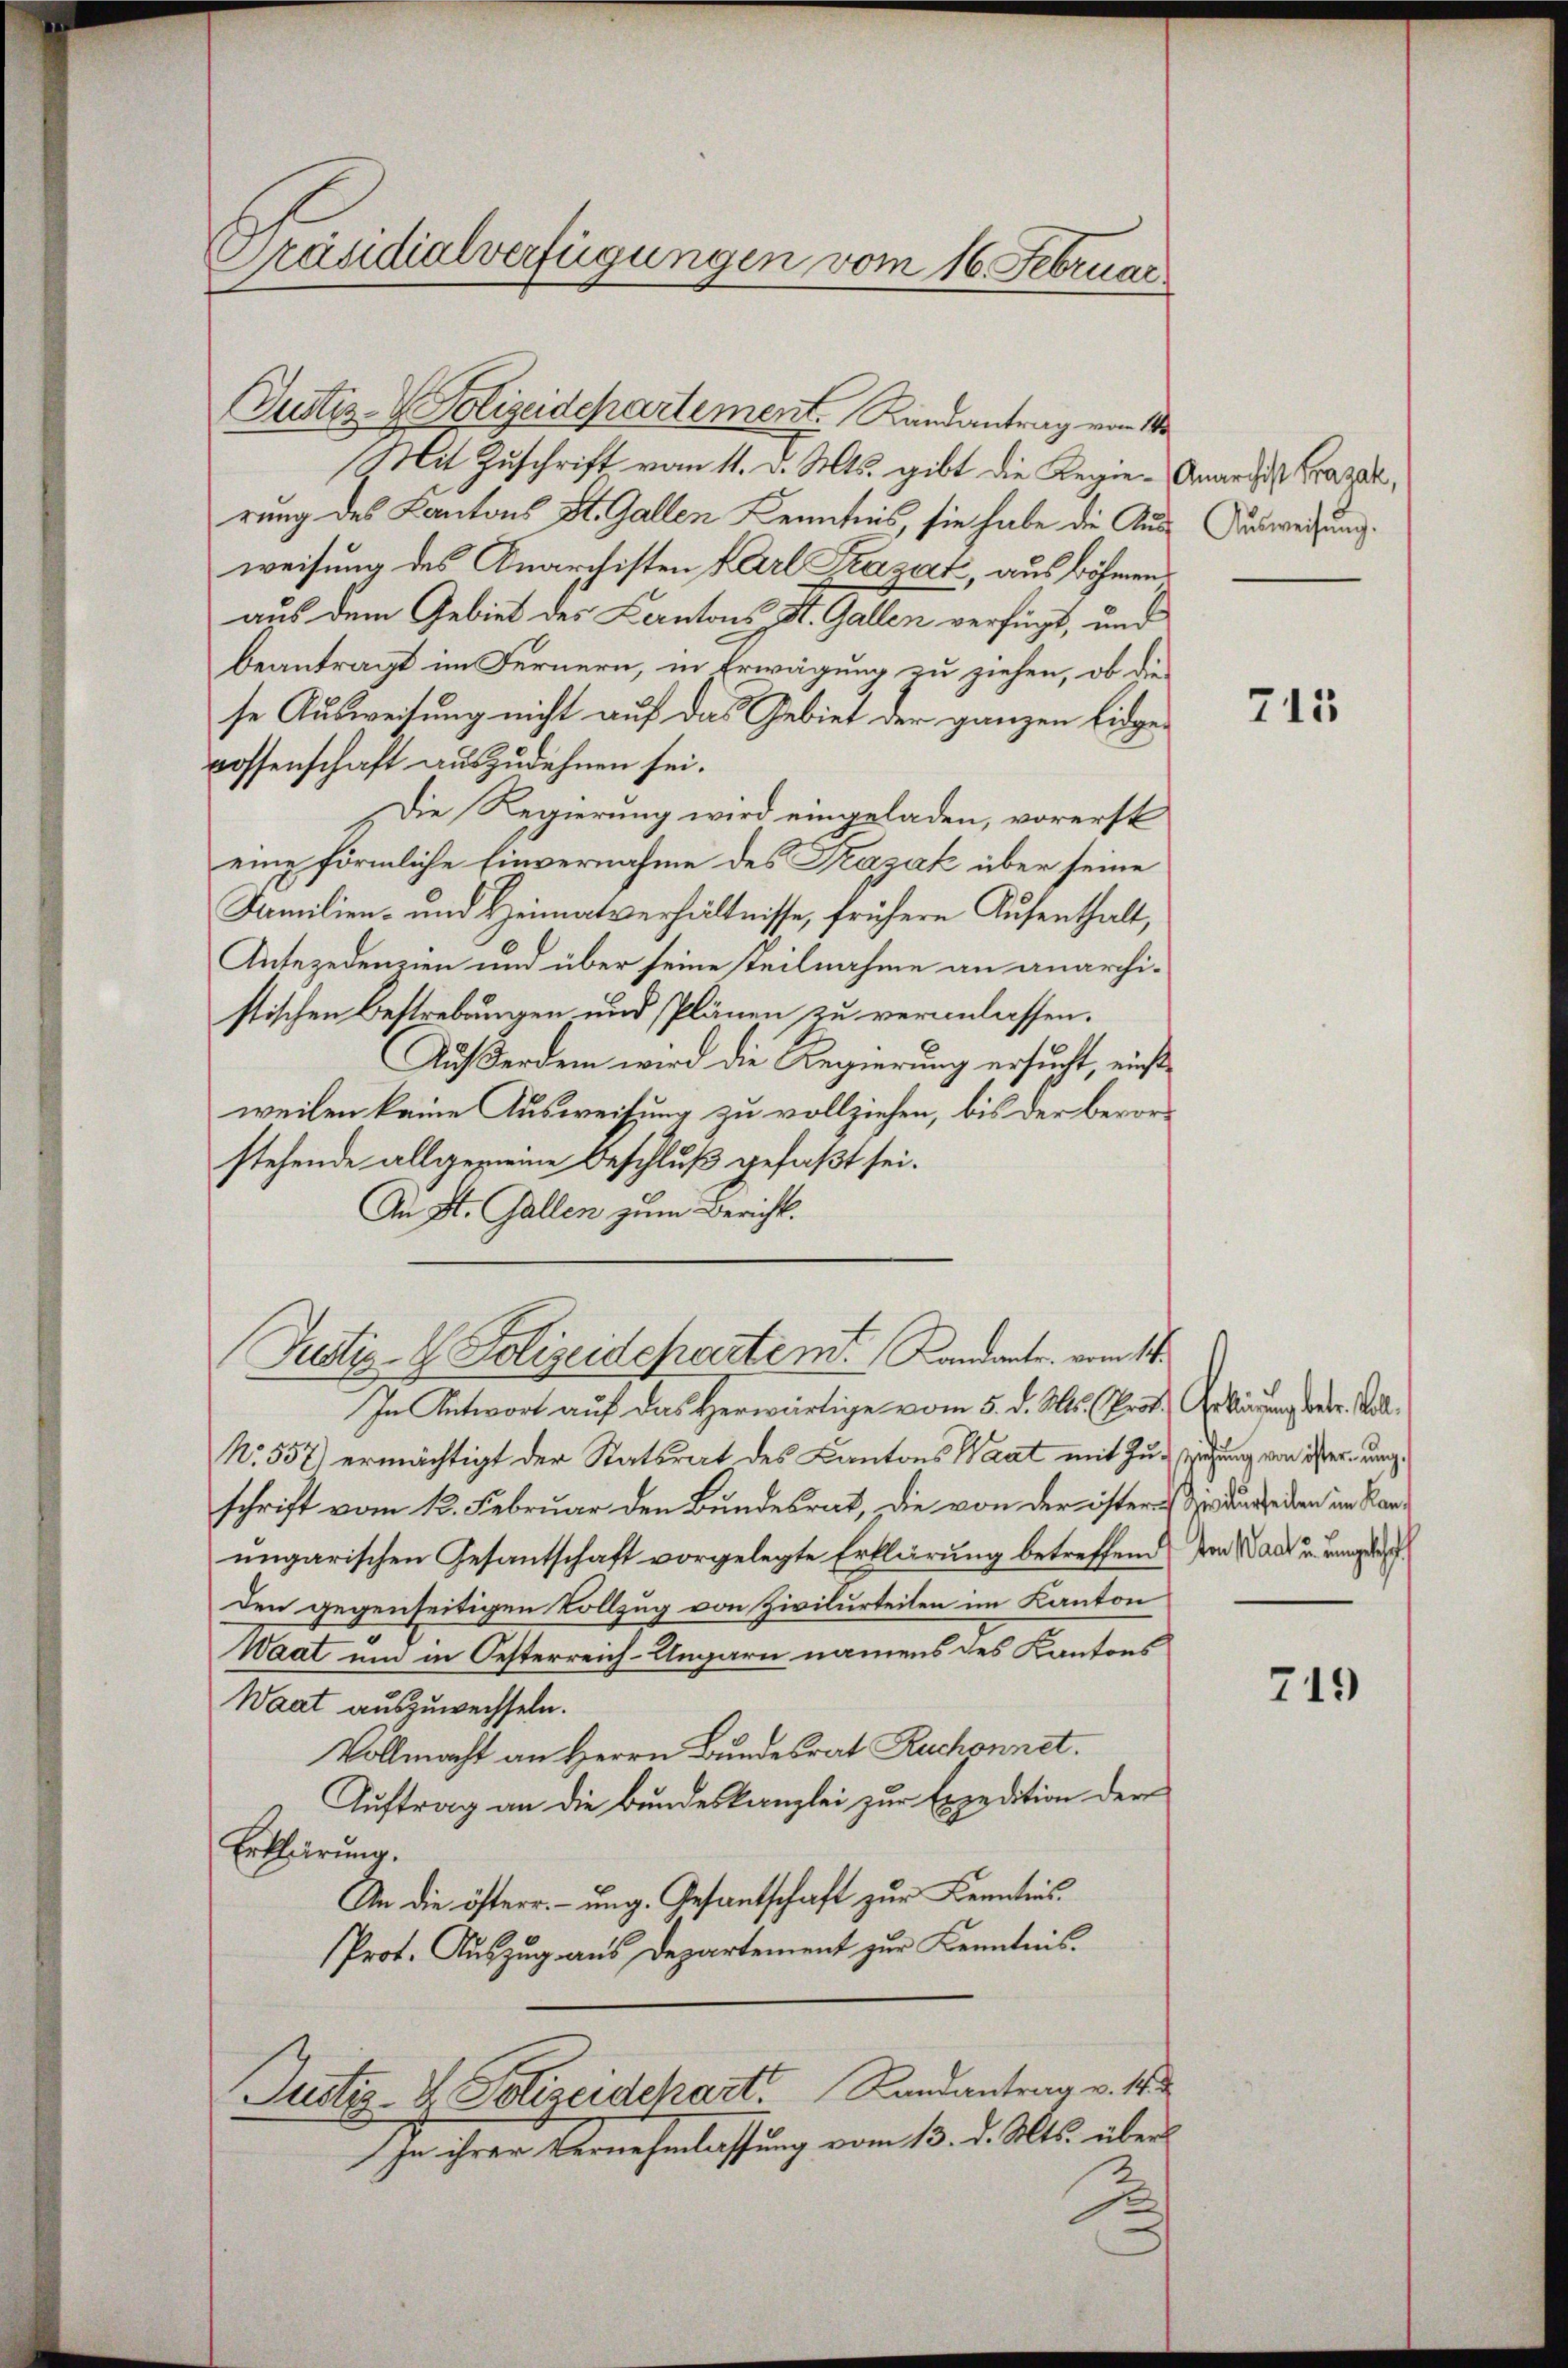
Präsidialverfügungen vom 16. Februar

Justiz-Polizeidepartement. Randantrag von 10
Mit Zuschrift vom 11. d. Mts. gibt die Regie-Anardi Graz,
rung des Kantons St. Gallen Kenntnis, sie habe die Aus- Ausweisung.
weisung des Anarchisten Karl Krazat, aus Böhmen
aus dem Gebiet des Kantons St. Gallen verfügt, und
beantragt im Fernern, in Erwägung zu ziehen, ob die
se Ausweisung nicht auf das Gebiet der ganzen Eidgerossenschaft auszudehnen sei.
Die Regierung wird eingeladen, vorerst
eine förmliche Einvernahme des Pazak über seine
Familien- und Heimatverhältnisse, frühere Aufenthalt,
Antezedenzien und über seine Teilnahme an anarchistischen Bestrebungen und Plänen zu veranlassen.
Auf Verden wird die Regierung ersucht, einstweilen keine Ausweisung zu vollziehen, bis der bevorstehende allgemeine Beschluß gefaßt sei.
An St. Gallen zum Bericht.
Justiz- & Polizeidepartem Kandante vom 14.
In Antwort auf das Herwärtige vom 5. d. Mts. Prof. Gebärdung der Di¬
N. 557) ermächtigt der Statsrat des Kantons Waat mit Zuziehung von ister unschrift vom 12. Februar den Bundesrat, die von der österes zu der seien im Kanungarischen Gesantschaft vorgelegte Erklärung betreffend von Wald in einge
den gegenseitigen Vollzug von Zivilurteilen im Kanton
Waat um in Oesterreich-Ungarn namens des Kantons
Waat auszuwechseln.
Vollmacht an Herrn Bundesrat Ruchonnet.
Auftrag an die Bundeskanzlei zur Expedition der
Erklärung.
An die öfterr. – ung. Gesantschaft zur Kenntnis
Prot. Auszug aus Departement zur Kenntnis.
Justiz- & Polizeidchart Landantrag v. 182
In ihrer Vernehmlassung vom 13. d. Mts. über¬
2

713

749